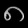
Digit: ၈